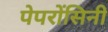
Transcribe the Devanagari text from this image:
पेपरोंसिनी